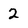
Character: 2